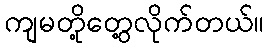
ကျမတို့တွေ့လိုက်တယ်။